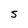
Character: 5